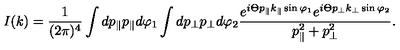
I ( k ) = \frac { 1 } { ( 2 \pi ) ^ { 4 } } \int d p _ { \parallel } p _ { \parallel } d \varphi _ { 1 } \int d p _ { \perp } p _ { \perp } d \varphi _ { 2 } \frac { e ^ { i \Theta p _ { \parallel } k _ { \parallel } \sin \varphi _ { 1 } } e ^ { i \Theta p _ { \perp } k _ { \perp } \sin \varphi _ { 2 } } } { p _ { \parallel } ^ { 2 } + p _ { \perp } ^ { 2 } } .